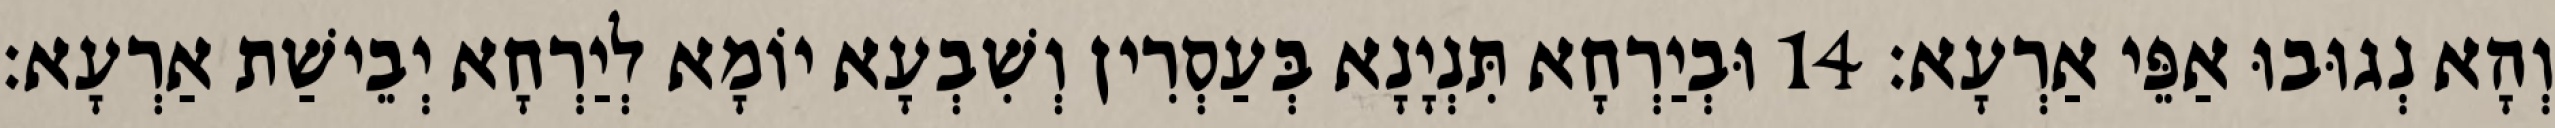
וְהָא נְגוּבוּ אַפֵּי אַרְעָא׃ 14 וּבְיַרְחָא תִּנְיָנָא בְּעַסְרִין וְשִׁבְעָא יוֹמָא לְיַרְחָא יְבֵישַׁת אַרְעָא׃